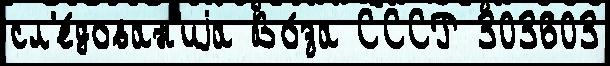
сл'е́дован'иjа Во́за СССР 303603